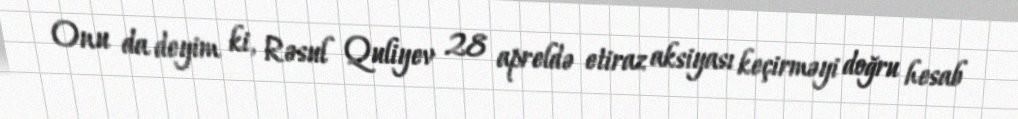
Onu da deyim ki, Rəsul Quliyev 28 apreldə etiraz aksiyası keçirməyi doğru hesab